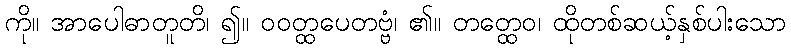
ကို။ အာပေါဓာတူတိ၊ ၍။ ဝဝတ္ထပေတဗ္ဗံ၊ ၏။ တတ္ထေဝ၊ ထိုတစ်ဆယ့်နှစ်ပါးသော